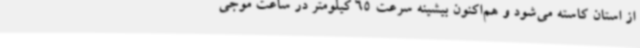
از استان کاسته می‌شود و هم‌اکنون بیشینه سرعت 65 کیلومتر در ساعت موجی